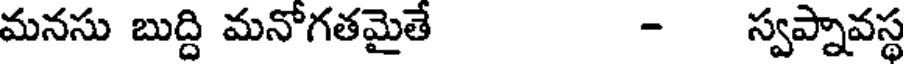
మనసు బుద్ది మనోగతమైతే - స్వప్నావస్థ